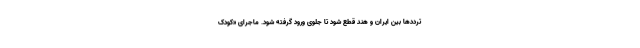
ترددها بین ایران و هند قطع شود تا جلوی ورود گرفته شود. ماجرای «کودک